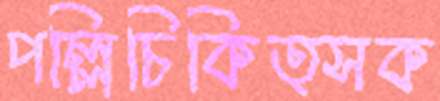
পল্লিচিকিত্সক